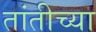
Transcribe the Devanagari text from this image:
तांतीच्या